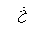
Letter: _kha